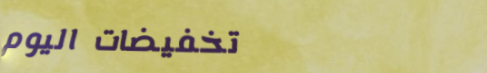
تخفيضات اليوم